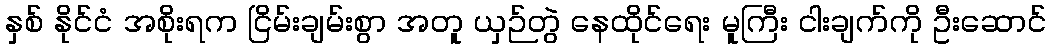
နှစ် နိုင်ငံ အစိုးရက ငြိမ်းချမ်းစွာ အတူ ယှဉ်တွဲ နေထိုင်ရေး မူကြီး ငါးချက်ကို ဦးဆောင်